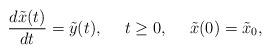
LaTeX: \begin{align*} \frac{d\tilde{x}(t)}{dt}=\tilde{y}(t),\ \ \ \ t\ge 0,\ \ \ \ \tilde{x}(0)=\tilde{x}_{0},\end{align*}